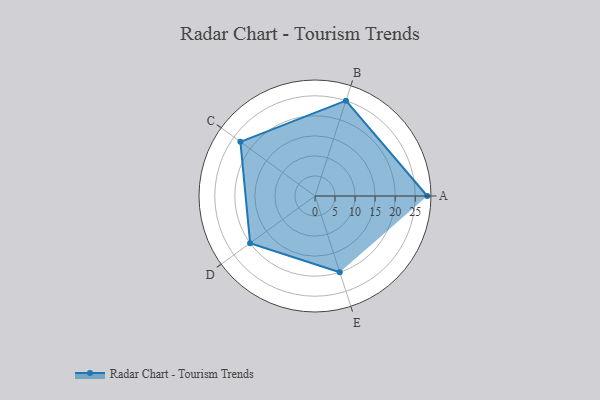
{"axis": {"x": "Skill", "y": "Score"}, "legend": ["Profile"], "data": [{"x": "A", "y": 28.0, "type": "Profile"}, {"x": "B", "y": 25.0, "type": "Profile"}, {"x": "C", "y": 23.0, "type": "Profile"}, {"x": "D", "y": 20.0, "type": "Profile"}, {"x": "E", "y": 20, "type": "Profile"}]}